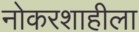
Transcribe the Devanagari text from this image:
नोकरशाहीला